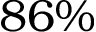
8 6 \%